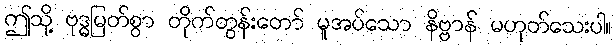
ဤသို့ ဗုဒ္ဓမြတ်စွာ တိုက်တွန်းတော် မူအပ်သော နိဗ္ဗာန် မဟုတ်သေးပါ။